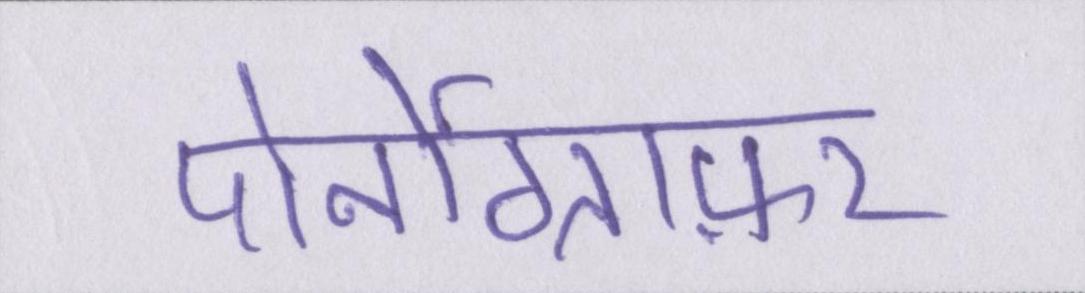
पोर्नोग्राफ़र